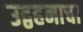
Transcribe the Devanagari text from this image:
उद्वहनाचा